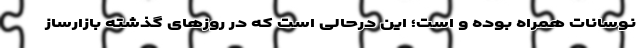
نوسانات همراه بوده و است؛ این درحالی است که در روزهای گذشته بازارساز